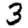
Digit: 3